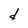
Character: d